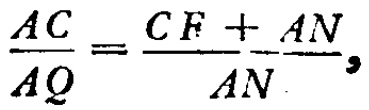
$\frac{AC}{AQ}=\frac{CF + AN}{AN},$